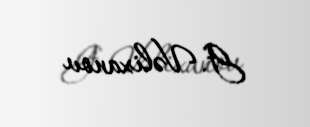
G. Vəlixanov